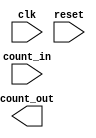
// constuct a ripple counter in verilog
module ripple_counter(
    input clk,
    input reset,
    input [7:0] count_in,
    output [7:0] count_out
);
    
endmodule
//testbench for ripple_counter in verilog
module testbench_ripple;
reg clk;
reg reset;
reg [7:0] count_in;
wire [7:0] count_out;
ripple_counter ripple_counter_inst(
    clk,
    reset,
    count_in,
    count_out
);
//monitor the output

initial
 begin
     //display and format the input and output
        $display("count_in = %d", count_in);
        clk = 0;
        reset = 1;
        count_in = 0;
        $display("count_out = %d", count_out);
        //wait for a clock cycle
        #5;
        clk = 1;
        reset = 0;
        count_in = 1;
        $display("count_out = %d", count_out);
    end
endmodule